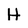
Character: H